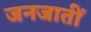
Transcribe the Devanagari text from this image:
जनजातीं